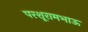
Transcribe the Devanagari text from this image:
परशूरामभाऊ